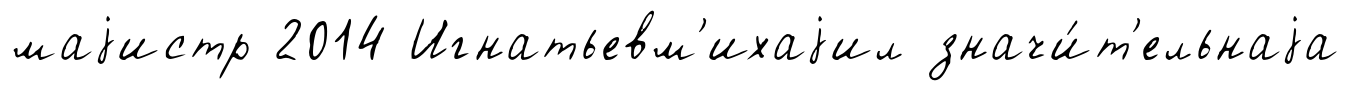
маjистр 2014 Игнатьевм'ихаjил значи́т'ельнаjа